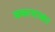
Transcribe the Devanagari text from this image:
बकायाका